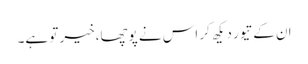
ان کے تیور دیکھ کر اس نے پوچھا،خیر تو ہے۔